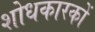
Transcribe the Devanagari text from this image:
शोधकारकों